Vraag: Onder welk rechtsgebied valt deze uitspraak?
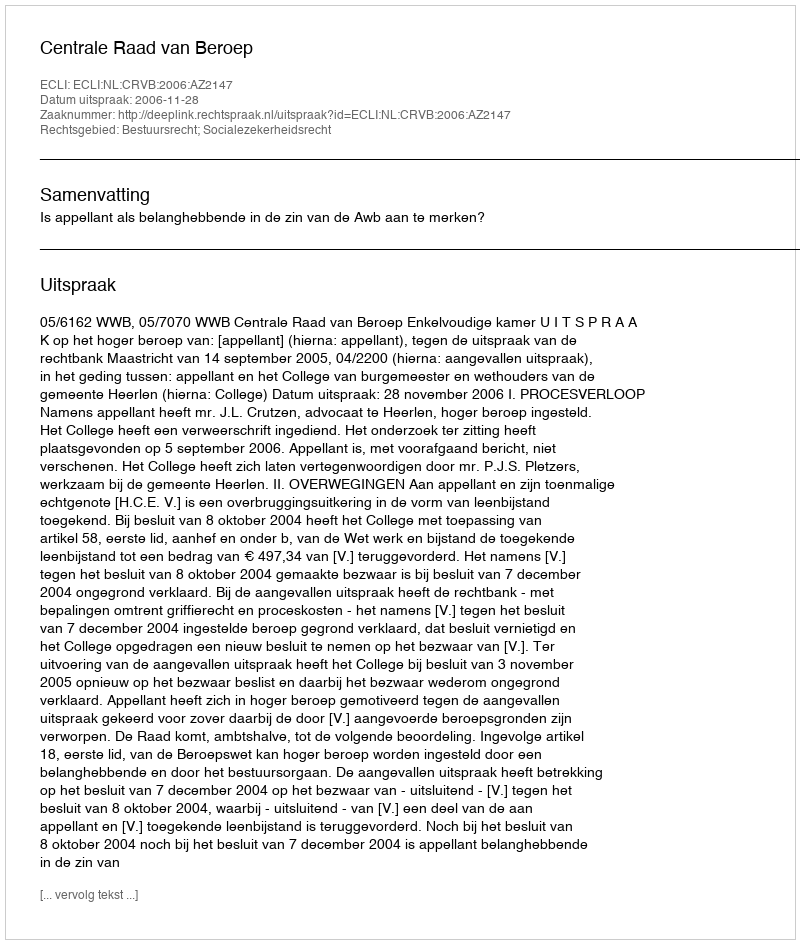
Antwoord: Bestuursrecht; Socialezekerheidsrecht